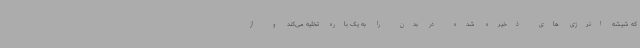
که شیشه انرژی های ذخیره شده در بدن را به یک باره تخلیه می‌کند و از